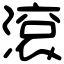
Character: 滾